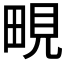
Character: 𪽔